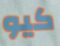
كيو